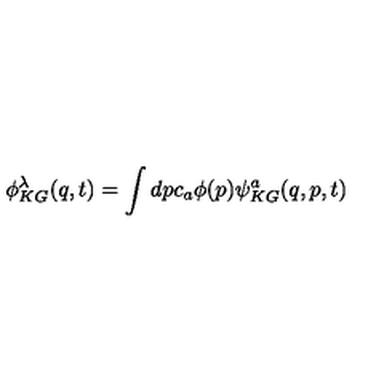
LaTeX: \phi _ { K G } ^ { \lambda } ( q , t ) = \int d p c _ { a } \phi ( p ) \psi _ { K G } ^ { a } ( q , p , t )